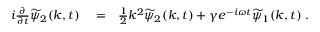
\begin{array} { r l r } { i \frac { \partial } { \partial t } \widetilde { \psi } _ { 2 } ( k , t ) } & { { } = } & { \frac { 1 } { 2 } k ^ { 2 } \widetilde { \psi } _ { 2 } ( k , t ) + \gamma e ^ { - i \omega t } \widetilde { \psi } _ { 1 } ( k , t ) \; . } \end{array}